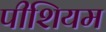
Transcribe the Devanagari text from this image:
पीशियम